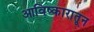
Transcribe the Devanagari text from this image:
आविष्कारातून